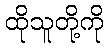
ထိုသူတို့ကို